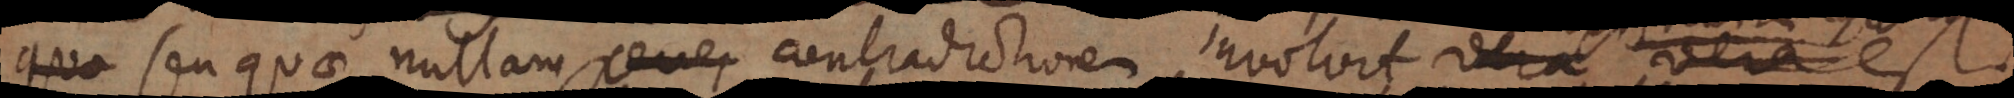
seu quae nullam percep contradictionem involvit vera est.